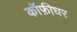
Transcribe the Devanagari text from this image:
कॉफ़ीघर